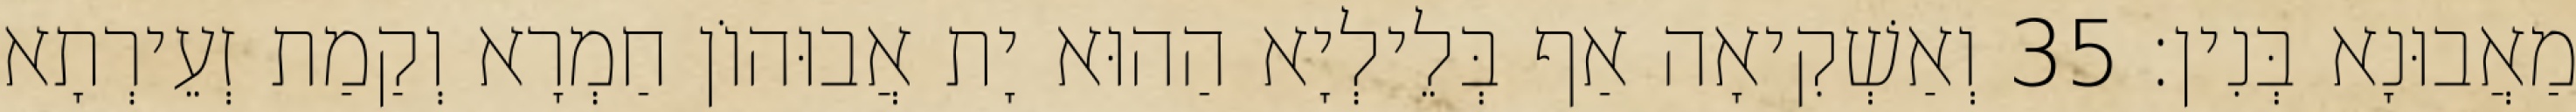
מַאֲבוּנָא בְּנִין׃ 35 וְאַשְׁקִיאָה אַף בְּלֵילְיָא הַהוּא יָת אֲבוּהוֹן חַמְרָא וְקַמַת זְעֵירְתָא